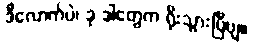
ဒီလောက်ပဲ၊ ခု ဒါတွေက ရိုးသွားပြီဗျ။